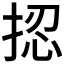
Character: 𢭝